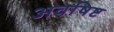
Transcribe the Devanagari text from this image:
अवषिष्ट